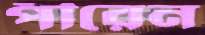
পীরেন